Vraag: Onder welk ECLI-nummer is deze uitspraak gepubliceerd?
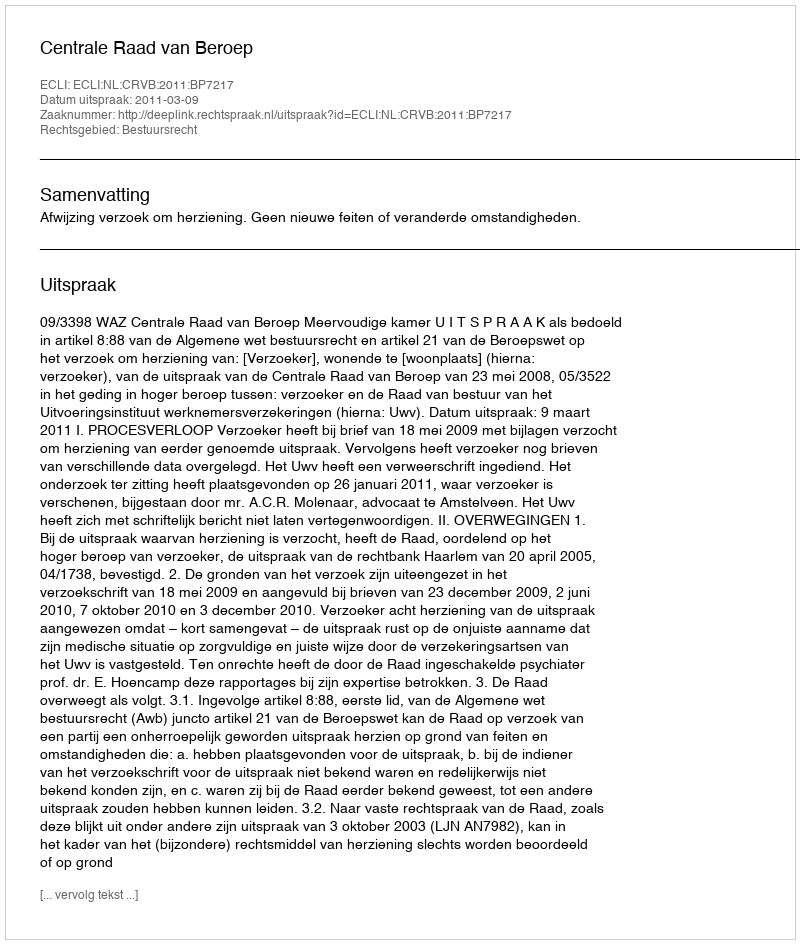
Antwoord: ECLI:NL:CRVB:2011:BP7217